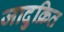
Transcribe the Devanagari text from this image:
जादुक्रित